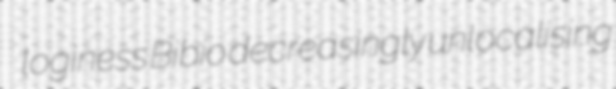
loginess Bibio decreasingly unlocalising